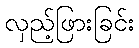
လှည့်ဖြားခြင်း